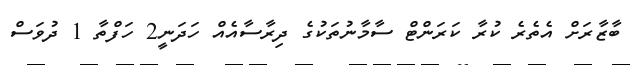
ބާޒާރަށް އެތެރެ ކުރާ ކަރަންޓް ސާމާނުތަކުގެ ދިރާސާއެއް ހަދަނީ2 ހަފްތާ 1 ދުވަސް